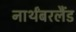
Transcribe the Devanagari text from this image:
नार्थंबरलैंड